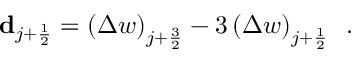
\mathbf { d } _ { j + \frac { 1 } { 2 } } = \left( \Delta w \right) _ { j + \frac { 3 } { 2 } } - 3 \left( \Delta w \right) _ { j + \frac { 1 } { 2 } } \, \mathrm { ~ . ~ }